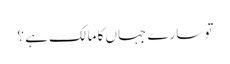
تو سارے جہاں کا مالک ہے ؟